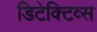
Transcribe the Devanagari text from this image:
डिटेक्टिव्स